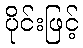
ပိုင်းဖြင့်